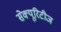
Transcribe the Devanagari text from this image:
सेक्यूरिटीज